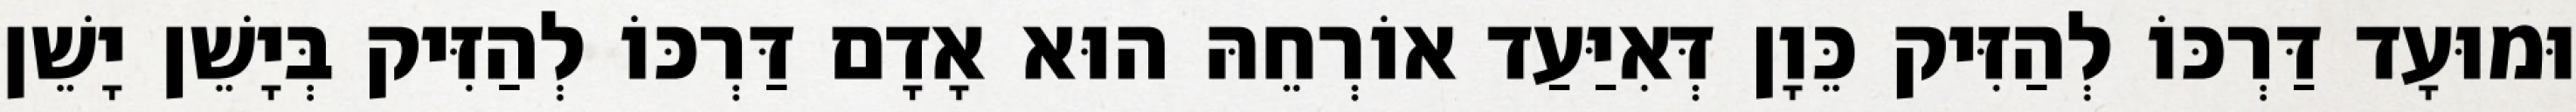
וּמוּעָד דַּרְכּוֹ לְהַזִּיק כֵּוָן דְּאִיַּעַד אוֹרְחֵהּ הוּא אָדָם דַּרְכּוֹ לְהַזִּיק בְּיָשֵׁן יָשֵׁן